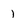
Character: 1